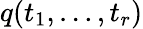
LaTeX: q(t_{1},\dots,t_{r})